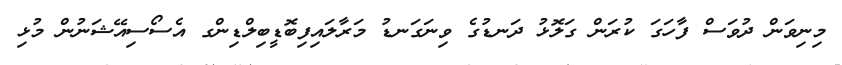
މިނިވަން ދުވަސް ފާހަގަ ކުރަން ގަލޮޅު ދަނޑުގެ ވިނަގަނޑު މަރާލައިފިބޮޑީބިލްޑިންގ އެސޯސިއޭޝަނުން މުޅި